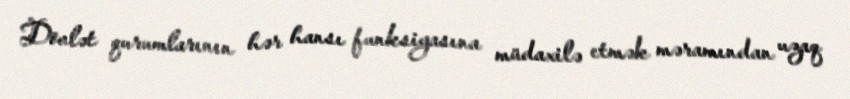
Dövlət qurumlarının hər hansı funksiyasına müdaxilə etmək məramından uzaq